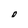
Character: 0